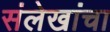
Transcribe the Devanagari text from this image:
संलेखांचा